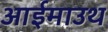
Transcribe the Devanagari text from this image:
आईमाउथ